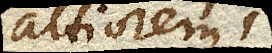
altiorem